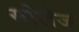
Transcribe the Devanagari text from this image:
सोलेज